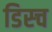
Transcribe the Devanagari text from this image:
डिस्च